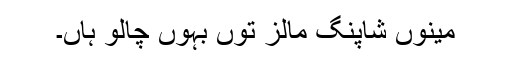
مینوں شاپنگ مالز توں بہوں چالو ہاں۔